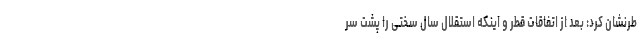
طرنشان کرد: بعد از اتفاقات قطر و اینکه استقلال سال سختی را پشت سر